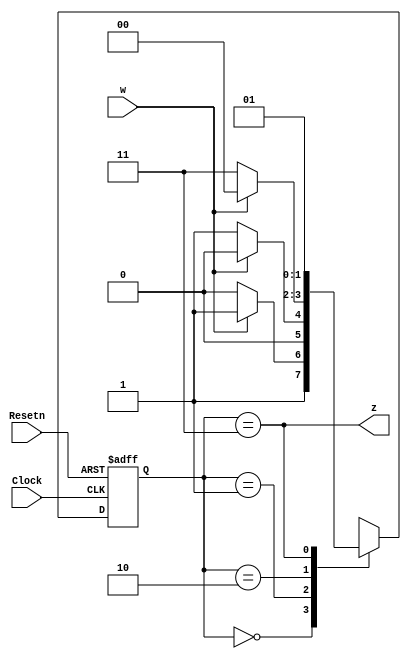
module lab03hw02(Clock, Resetn, w, z);
	input Clock, Resetn, w;
	output z;
	reg [2:1] y,Y;
	parameter [2:1] S0=2'b00, S1=2'b01, S2=2'b10, S3=2'b11;
	
	always @(w, y)
		case (y)
			S0 : if (w) Y = S3;
				 else Y = S2;
		    S1 : if (w) Y = S0;
				 else Y = S1;
			S2 : if (w) Y = S0;
				 else Y = S3;
			S3 : if (w) Y = S1;
				 else Y = S1;
		endcase
		
	
	always @(negedge Resetn, posedge Clock)
		if (Resetn == 0) y <= S0;
		else y <= Y;
		
	assign z = (y == S3);
	
endmodule